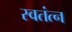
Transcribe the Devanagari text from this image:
स्वतंत्न